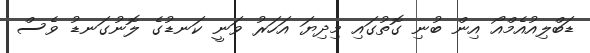
ޑަބްލިއުއެމްއޯ އިން ބުނި ގޮތުގައި މިދިޔަ އަހަރު ވަނީ ކަނޑުގެ ލޮނުގަނޑު ވެސް